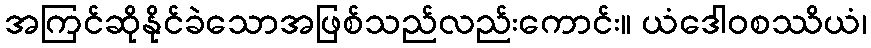
အကြင်ဆိုနိုင်ခဲသောအဖြစ်သည်လည်းကောင်း။ ယံဒေါဝစဿိယံ၊